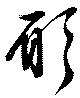
願